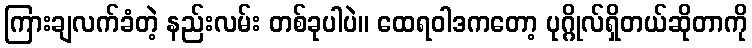
ကြားချလက်ခံတဲ့ နည်းလမ်း တစ်ခုပါပဲ။ ထေရဝါဒကတော့ ပုဂ္ဂိုလ်ရှိတယ်ဆိုတာကို